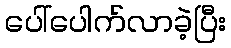
ပေါ်ပေါက်လာခဲ့ပြီး